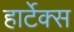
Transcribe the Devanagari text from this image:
हार्टेक्स